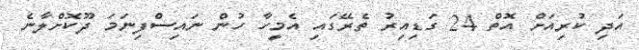
އަދި ކުރިއަށް އޮތް 24 ގަޑިއިރު ތެރޭގައި އެމީހާ ހުން ނައިސްފިނަމަ ދޫކޮށްލާނެ